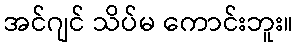
အင်ဂျင် သိပ်မ ကောင်းဘူး။